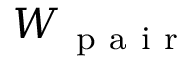
W _ { \mathrm { ~ p ~ a ~ i ~ r ~ } }